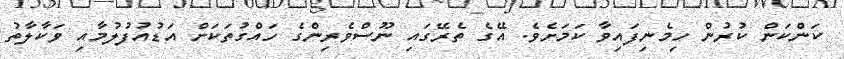
ކަންކަން ކުރުން ހިމެނިފައިވާ ކަމަށެވެ. އޭގެ ތެރޭގައި ނޫސްވެރިންގެ ހައްގުތަކަށް އަޑުއުފުލުމާއި ވަކާލާތު